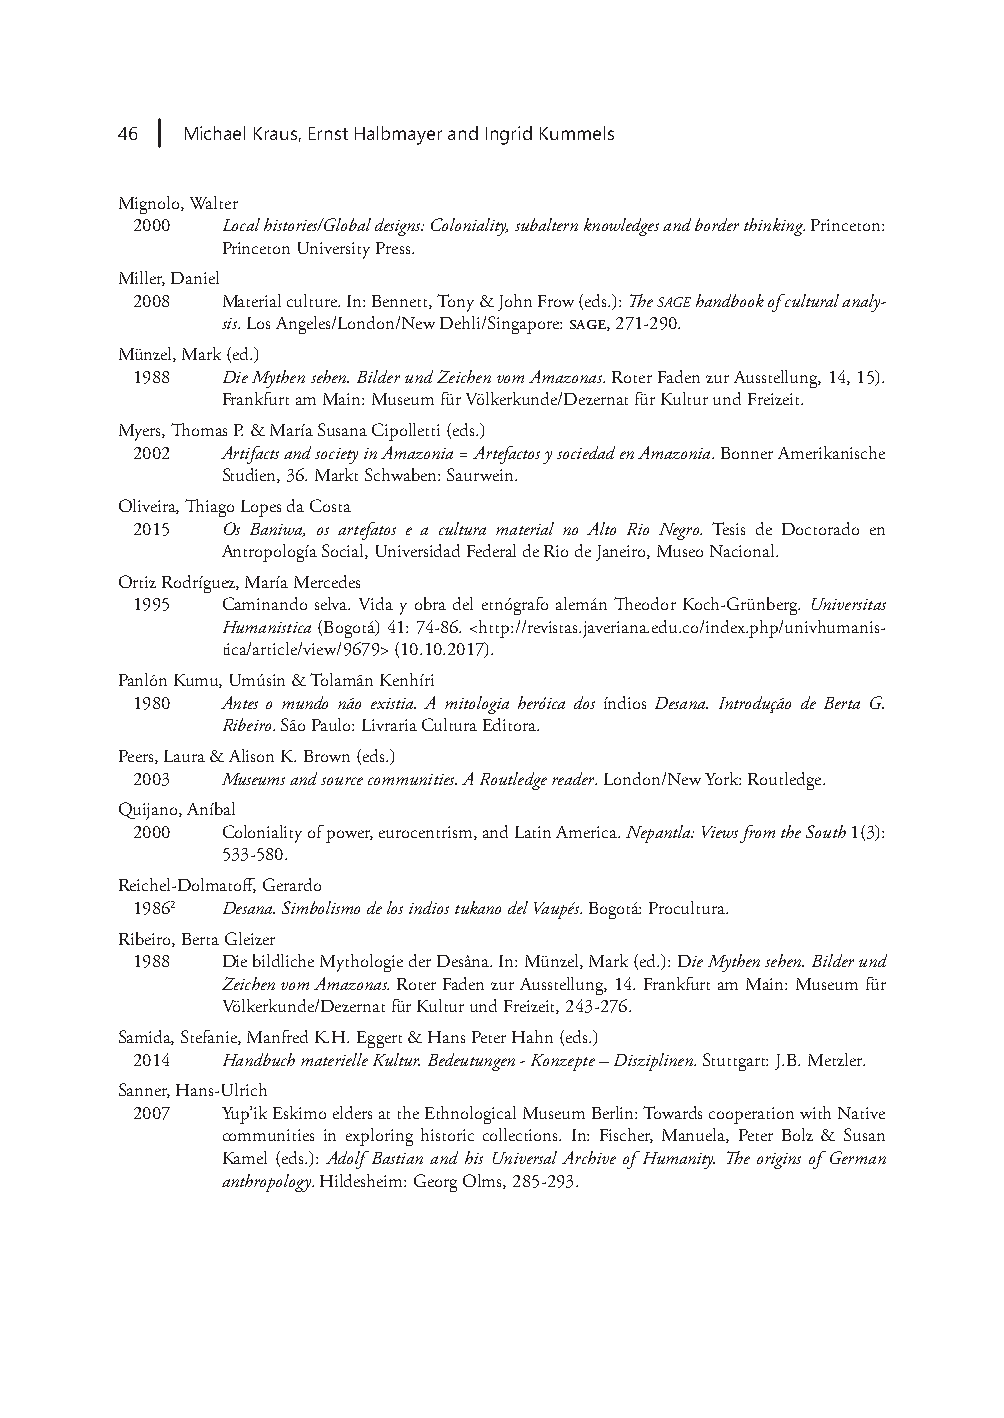
46  Michael Kraus, Ernst Halbmayer and Ingrid Kummels
 Mignolo, Walter
 2000  Local histories/Global designs: Coloniality, subaltern knowledges and border thinking. Princeton:
 Princeton University Press.
 Miller, Daniel
 2008  Material culture. In: Bennett, Tony & John Frow (eds.): The sage handbook of cultural analy-
 sis. Los Angeles/London/New Dehli/Singapore: sage, 271-290.
 Münzel, Mark (ed.)
 1988  Die Mythen sehen. Bilder und Zeichen vom Amazonas. Roter Faden zur Ausstellung, 14, 15).
 Frankfurt am Main: Museum für Völkerkunde/Dezernat für Kultur und Freizeit.
 Myers, Thomas P. & María Susana Cipolletti (eds.)
 2002  Artifacts and society in Amazonia = Artefactos y sociedad en Amazonia. Bonner Amerikanische
 Studien, 36. Markt Schwaben: Saurwein.
 Oliveira, Thiago Lopes da Costa
 2015  Os Baniwa, os artefatos e a cultura material no Alto Rio Negro. Tesis de Doctorado en
 Antropología Social, Universidad Federal de Rio de Janeiro, Museo Nacional.
 Ortiz Rodríguez, María Mercedes
 1995  Caminando selva. Vida y obra del etnógrafo alemán Theodor Koch-Grünberg. Universitas
 Humanistica (Bogotá) 41: 74-86. <http://revistas.javeriana.edu.co/index.php/univhumanis-
 tica/article/view/9679> (10.10.2017).
 Panlõn Kumu, Umúsin & Tolamãn Kenhíri
 1980  Antes o mundo não existia. A mitologia heróica dos índios Desana. Introdução de Berta G.
 Ribeiro. São Paulo: Livraria Cultura Editora.
 Peers, Laura & Alison K. Brown (eds.)
 2003  Museums and source communities. A Routledge reader. London/New York: Routledge.
 Quijano, Aníbal
 2000  Coloniality of power, eurocentrism, and Latin America. Nepantla: Views from the South 1(3):
 533-580.
 Reichel-Dolmatoff, Gerardo
 19862 Desana. Simbolismo de los indios tukano del Vaupés. Bogotá: Procultura.
 Ribeiro, Berta Gleizer
 1988  Die bildliche Mythologie der Desâna. In: Münzel, Mark (ed.): Die Mythen sehen. Bilder und
 Zeichen vom Amazonas. Roter Faden zur Ausstellung, 14. Frankfurt am Main: Museum für
 Völkerkunde/Dezernat für Kultur und Freizeit, 243-276.
 Samida, Stefanie, Manfred K.H. Eggert & Hans Peter Hahn (eds.)
 2014  Handbuch materielle Kultur. Bedeutungen - Konzepte – Disziplinen. Stuttgart: J.B. Metzler.
 Sanner, Hans-Ulrich
 2007  Yup’ik Eskimo elders at the Ethnological Museum Berlin: Towards cooperation with Native
 communities in exploring historic collections. In: Fischer, Manuela, Peter Bolz & Susan
 Kamel (eds.): Adolf Bastian and his Universal Archive of Humanity. The origins of German
 anthropology. Hildesheim: Georg Olms, 285-293.